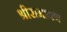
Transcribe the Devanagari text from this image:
श्रीरामायण